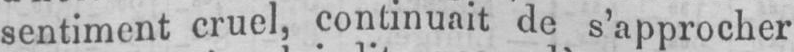
sentiment cruel, continuait de s’approcher